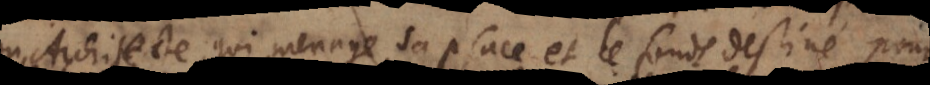
Architecte, qui menage sa place et le fonds destiné pour